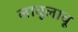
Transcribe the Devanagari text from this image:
लावूलावू